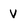
Character: V